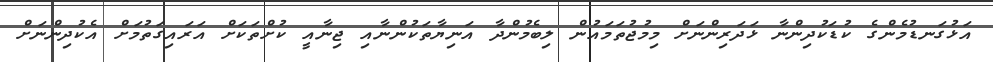
އަޅުގަނޑުމެންގެ ކުޑަކުދިންނާ ޅަދަރިންނަށް މިމުޖުތަމައުން ލިބެމުންދާ އަނިޔާތަކުންނާއި ޖިނާއީ ކުށްތަކަށް އަރައިގަތުމަށް އެކުދިންނަށް